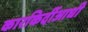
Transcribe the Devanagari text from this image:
कारकिर्दीआधी